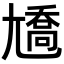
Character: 𡰑